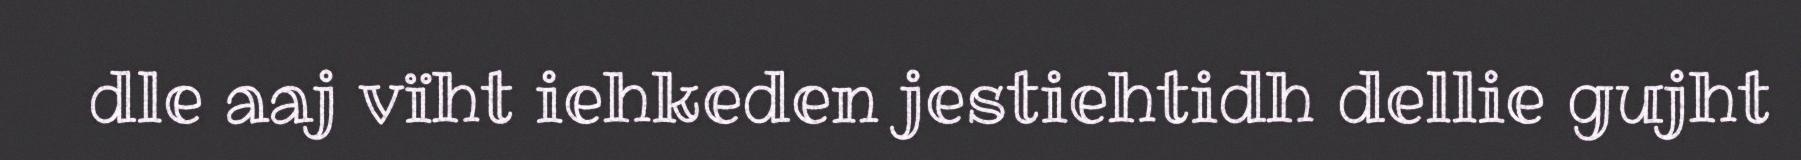
dle aaj vïht iehkeden jestiehtidh dellie gujht